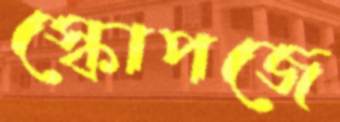
স্কোপজে